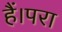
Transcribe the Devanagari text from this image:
हैं।परा